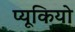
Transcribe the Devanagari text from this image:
प्यूकियो